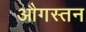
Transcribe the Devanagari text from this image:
औगस्तन